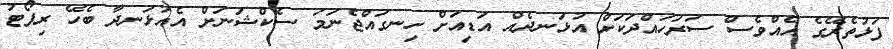
ފަޅުތެރޭގެ އެއްވެސް ސަރަހައްދަކަށް އުޅަނދެއް އަޑިއަށް ހިނގައްޖެނަމަ ސެކްޝަނަށް އެއުޅަނދާ ބެހޭ ރިޕޯޓު